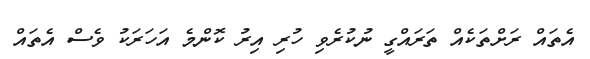
އެތައް ރަށްތަކެއް ތަރައްގީ ނުކުރެވި ހުރި އިރު ކޮންމެ އަހަރަކު ވެސް އެތައް